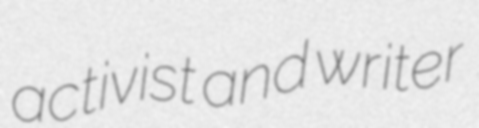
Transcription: activist and writer